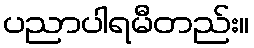
ပညာပါရမီတည်း။